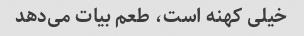
خیلی کهنه است، طعم بیات می‌دهد